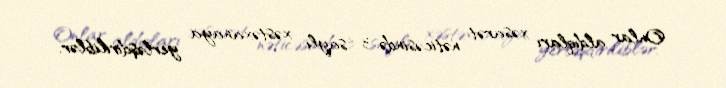
Onlar aldıqları xəsarət nəticəsində 3 saylı xəstəxanaya yerləşdiriliblər.